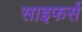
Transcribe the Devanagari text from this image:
साइफर्स